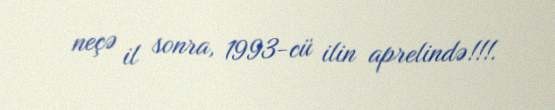
neçə il sonra, 1993-cü ilin aprelində!!!.